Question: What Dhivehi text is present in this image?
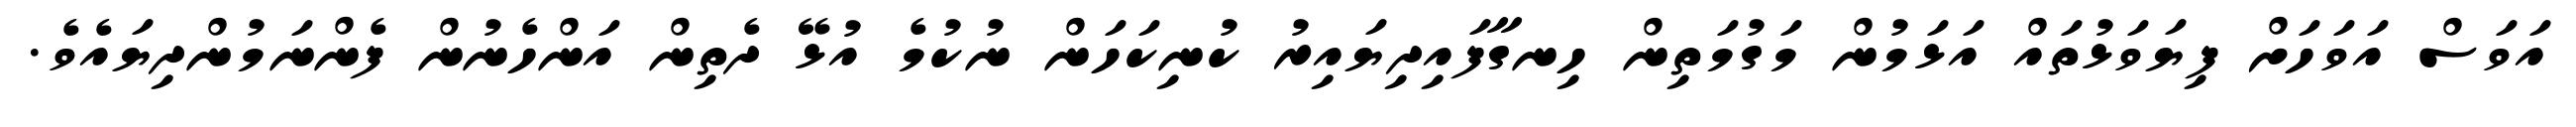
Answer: އަވަސް އަވަހަށް ފިޔަވަޅުތައް އަޅަމުން މަގުމަތިން ހިނގާފައިދިޔައިރު ކުނިކަހަން ނުކުމެ އުޅޭ ދެތިން އަންހެނުން ފެންނަމުންދިޔައެވެ.